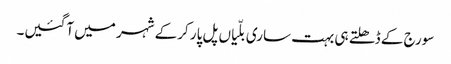
سورج کے ڈھلتے ہی بہت ساری بلّیاں پل پار کرکے شہر میں آگئیں۔